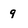
Character: 9